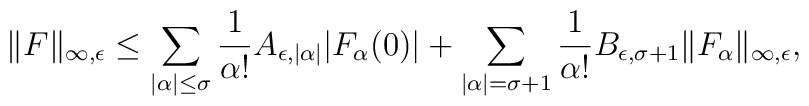
\| F \|_{\infty,\epsilon}\leq\sum_{|\alpha |\leq \sigma} \frac {1}{\alpha !}A_{\epsilon,|\alpha |} |F_{\alpha}(0)|+\sum_{|\alpha |=\sigma+1} \frac {1}{\alpha !}B_{\epsilon, \sigma+1} \| F_\alpha \|_{\infty,\epsilon},